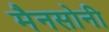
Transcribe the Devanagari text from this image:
मैनसोनी